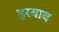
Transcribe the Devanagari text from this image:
हरबाब